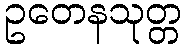
ဥတေနသုတ္တ